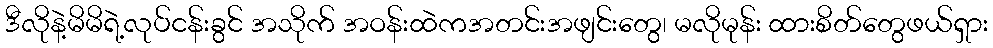
ဒီလိုနဲ့မိမိရဲ့လုပ်ငန်းခွင် အသိုက် အဝန်းထဲကအတင်းအဖျင်းတွေ၊ မလိုမုန်း ထားစိတ်တွေဖယ်ရှား